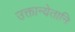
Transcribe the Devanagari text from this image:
उक्तान्येतानि